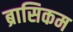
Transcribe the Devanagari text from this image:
ब्रासिकम